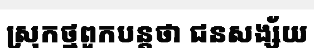
ស្រុកថ្មពួកបន្តថា ជនសង្ស័យ